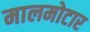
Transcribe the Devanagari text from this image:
मालमोटार